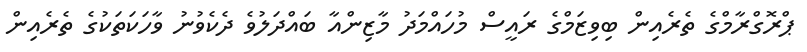
ޕްރޮގްރާމްގެ ތެރެއިން ބިވިޒަމްގެ ރައީސް މުހައްމަދު މާޒިންއާ ބައްދަލުވެ ދެކެވުނު ވާހަކަތަކުގެ ތެރެއިން